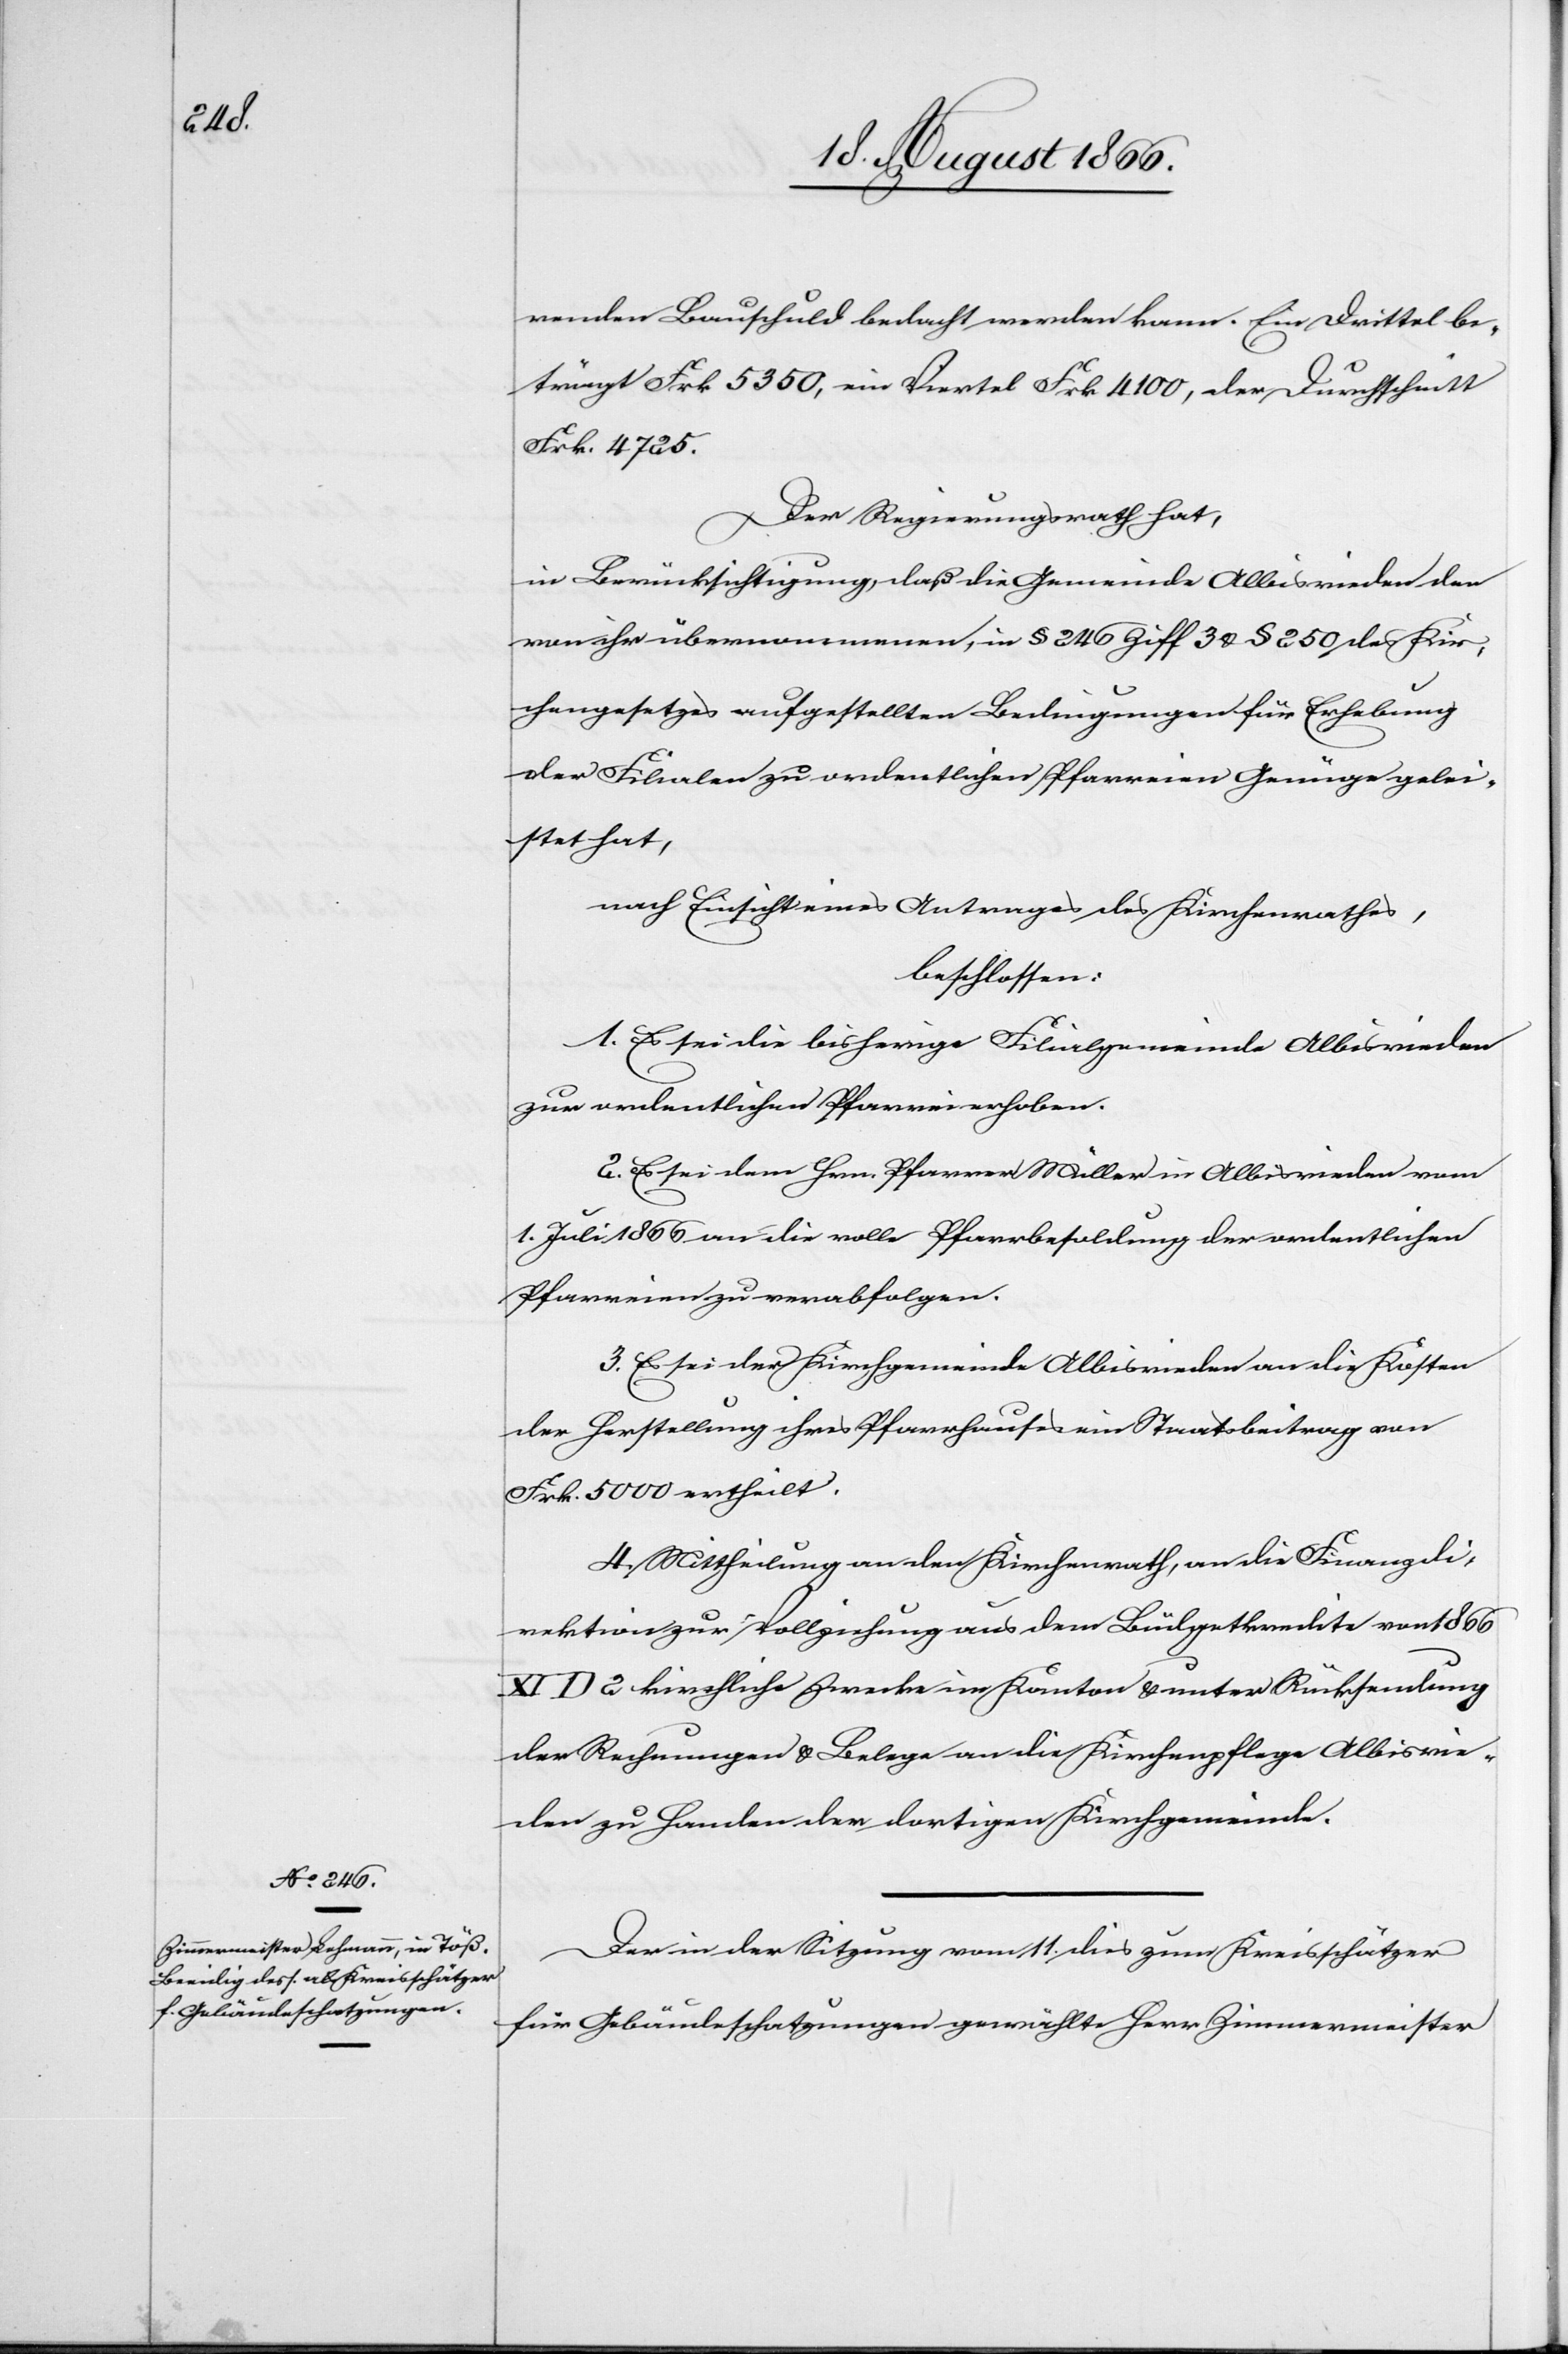
renden Bauschuld bedacht werden kann. Ein Drittel be¬
trägt Frk. 5350, ein Viertel Frk. 4100, der Durchschnitt
Frk. 4725.
Der Regierungsrath hat,
in Berücksichtigung, daß die Gemeinde Albisrieden der
von ihre übernommenen, in § 240 Ziff 3 u. § 250 des Kir¬
chengesetzes aufgestellten Bedingungen für Erhebung
der Filialen zu ordentlichen Pfarreien Genüge gelei¬
stet hat,
nach Einsicht eines Antrages des Kirchenrathes,
beschlossen:
1. Es sei die bisherige Filialgemeinde Albisrieden
zur ordentlichen Pfarrei erhoben.
2. Es sei dem Hrn. Pfarrer Müller in Albisrieden vom
1. Juli 1866 an die volle Pfarrbesoldung der ordentlichen
Pfarreien zu verabfolgen.
3. Es sei der Kirchgemeinde Albisrieden an die Kosten
der Herstellung ihres Pfarrhauses ein Staatsbeitrag von
Frk. 5000 ertheilt.
4. Mittheilung an den Kirchenrath, an die Finanzdi¬
rektion zur Vollziehung aus dem Büdgetkredite von 1866
D 2 kirchliche Zwecke im Kanton u. unter Rücksendung
der Rechnungen u. Belege an die Kirchenpflege Albisrie¬
den zu Handel der dortigen Kirchgemeinde.
Der in der Sitzung vom 11. dies zum Kreisschätzer
für Gebäudeschatzungen gewählte Herr Zimmermeister